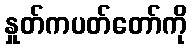
နှုတ်ကပတ်တော်ကို